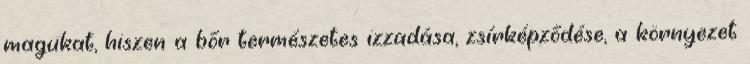
magukat, hiszen a bőr természetes izzadása, zsírképződése, a környezet